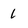
Character: 1